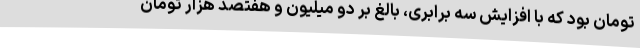
تومان بود که با افزایش سه برابری، بالغ بر دو میلیون و هفتصد هزار تومان